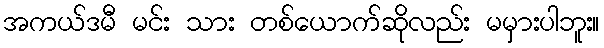
အကယ်ဒမီ မင်း သား တစ်ယောက်ဆိုလည်း မမှားပါဘူး။